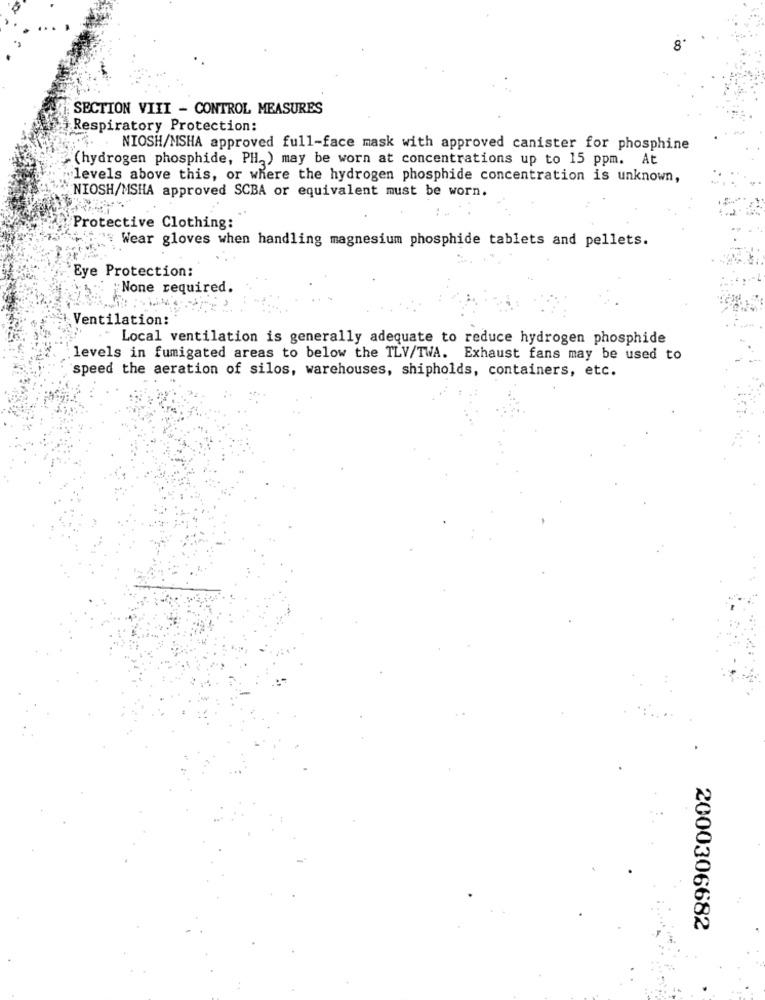
SECTION VIII - CONTROL MEASURES
Respiratory Protection:
NIOSH/MSHA approved full-face mask with approved canister for phosphine
(hydrogen phosphide, PH) may be worn at concentrations up to 15 ppm. At
levels above this, or where the hydrogen phosphide concentration is unknown,
NIOSH/MSHA approved SCBA or equivalent must be worn.
Protective Clothing:
Wear gloves when handling magnesium phosphide tablets and pellets.
Eye Protection:
None required.
Ventilation:
Local ventilation is generally adequate to reduce hydrogen phosphide
levels in fumigated areas to below the TLV/TWA. Exhaust fans may be used to
speed the aeration of silos, warehouses, shipholds, containers, etc.
2000306682